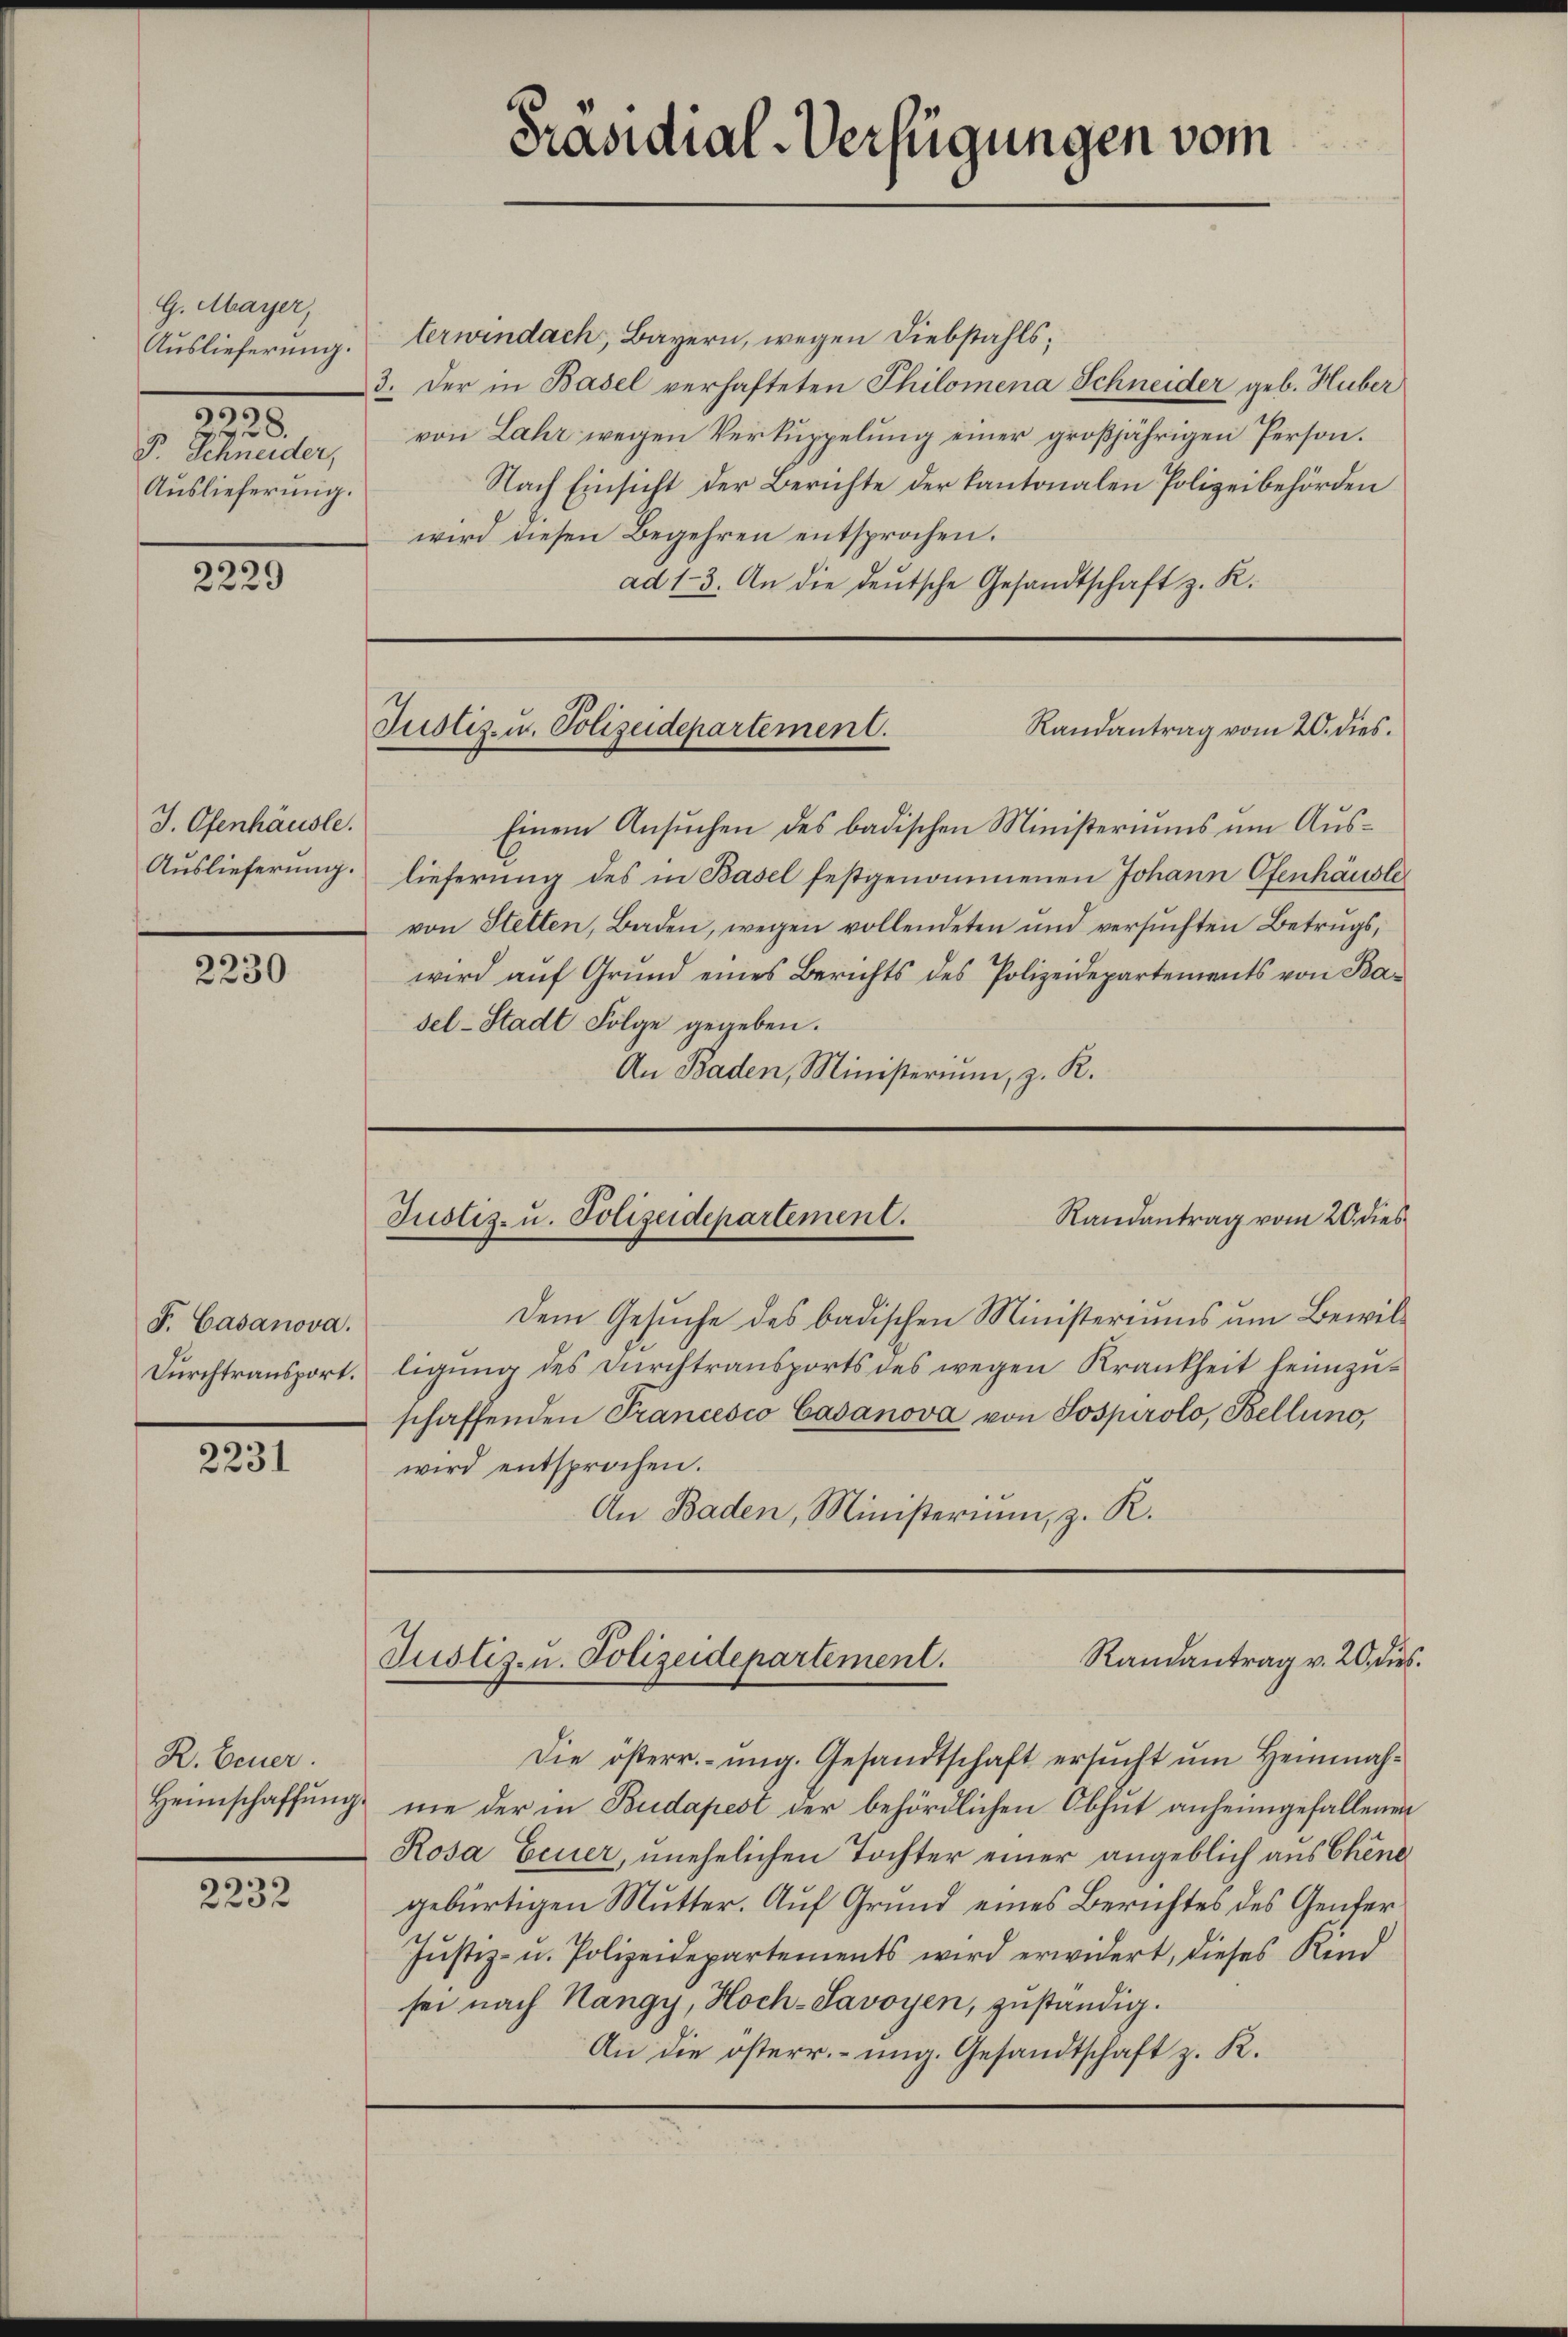
G. Mayer,
928.
F. Schneider,
Auslieferung.

2229

J. Ofenhäusle.
Auslieferung.

2230

F. Casanova.

2231

R. Feuer.
Heimschaffung.

2232

Aŭslieferŭng. Verwindach, Bayern, wegen Diebstahls;
3. Der in Basel verhafteten Philomena Schneider geb. Huber
von Lahr wegen Verkuppelung einer großjährigen Person.
Nach Einsicht der Berichte der kantonalen Polizeibehörden
wird diesen Begehren entsprochen.
ad 13. An die deutsche Gesandtschaft z. K.

Präsidial-Verfügungen vom

Randantrag vom 20. dies
Justiz- u. Polizeidepartement.

Einem Ansuchen des badischen Ministeriums um Auslieferung des in Basel festgenommenen Johann Ofenhäusler
von Stetten, Baden, wegen vollendeten und versuchten Betrugs,
wird auf Grund eines Berichts des Polizeidepartements von Basel-Stadt Folge gegeben.
An Baden, Ministerium, z. R.

Randantrag vom 20. dies
Justiz- u. Polizeidepartement.

Dem Gesuche des badischen Ministeriums um Bewil¬
Durchtransport. ligung des Durchtransports des wegen Krankheit feinzuschaffenden Francesco Casanova von Jospirolo, Bellino,
wird entsprochen.
An Baden, Ministerium, z. R.

Randantrag v. 20. dies
Justiz- u. Polizeidepartement.

Die österr. ung. Gesandtschaft ersucht um Heimnahme der in Budapest der behördlichen Obhut anheimgefallenen
Rosa Feuer, unehelichen Tochter einer angeblich aus Chene
gebürtigen Mutter. Auf Grund eines Berichtes des Genfer¬
Jŭstiz- u. Polizeidepartements wird erwidert, dieses Kind
sei nach Hangy, Hoch-Savoyen, zuständig.
An die österr. ung. Gesandtschaft z. K.